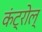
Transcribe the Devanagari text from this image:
कंट्रोल्